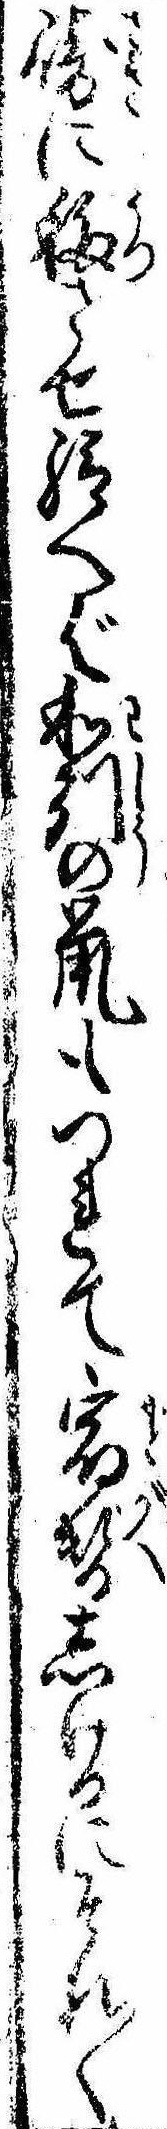
崎に移させ給へば和州の鼠もつれて宿替しけるにそれ〱